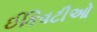
ઈકિવટીઓ